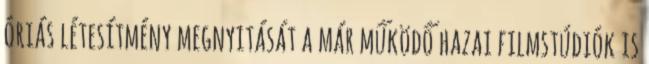
óriás létesítmény megnyitását a már működő hazai filmstúdiók is